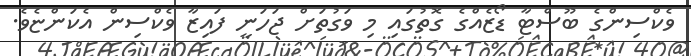
ވެކްސިންގެ ބޫސްޓާ ޑޯޒެއްގެ ގޮތުގައި މި ވަގުތަށް ޖަހަނީ ފައިޒާ ވެކްސިން އެކަންޏެވެ.